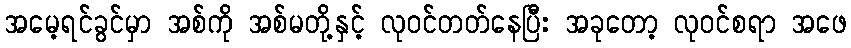
အမေ့ရင်ခွင်မှာ အစ်ကို အစ်မတို့နှင့် လုဝင်တတ်နေပြီး အခုတော့ လုဝင်စရာ အဖေ